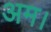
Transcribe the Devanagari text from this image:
अम।